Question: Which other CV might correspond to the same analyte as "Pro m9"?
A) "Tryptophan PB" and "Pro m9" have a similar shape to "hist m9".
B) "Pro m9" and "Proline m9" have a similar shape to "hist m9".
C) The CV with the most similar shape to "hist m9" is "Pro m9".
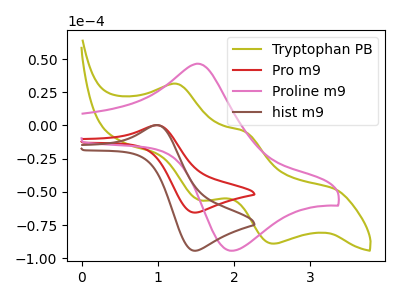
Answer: <think>The olive curve "Tryptophan PB" has anodic peaks at (1.25V, 31.25uA) (2.15V, -4.85uA) and cathodic peaks at (1.55V, -56.10uA) (2.50V, -88.95uA). The red curve "Pro m9" has an anodic peak at (1.00V, 0.25uA) and a cathodic peak at (1.50V, -65.60uA). The pink curve "Proline m9" has an anodic peak at (1.55V, 46.50uA) and a cathodic peak at (1.95V, -94.30uA). The brown curve "hist m9" has an anodic peak at (1.00V, 0.35uA) and a cathodic peak at (1.50V, -94.30uA).
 "Tryptophan PB" and "Pro m9" have a different number of peaks. "Tryptophan PB" and "Proline m9" have a different number of peaks. "Tryptophan PB" and "hist m9" have a different number of peaks. "Pro m9" and "Proline m9" have at least one peak that do not match. All the peaks in "Pro m9" have a peak in "hist m9" at the same potential. Every peak in "Pro m9" is lower than every peak in "hist m9". "Proline m9" and "hist m9" have at least one peak that do not match.</think>
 <answer>C) The CV with the most similar shape to "hist m9" is "Pro m9".</answer>
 <eval>C</eval>